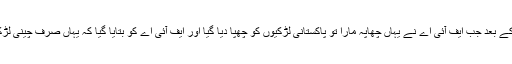
تاہم اطلاع ملنے کے بعد جب ایف آئی اے نے یہاں چھاپہ مارا تو پاکستانی لڑکیوں کو چھپا دیا گیا اور ایف آئی اے کو بتایا گیا کہ یہاں صرف چینی لڑکے ہی رہتے ہیں۔